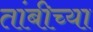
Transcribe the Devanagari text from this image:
तांबीच्या